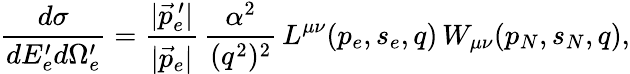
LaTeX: \frac{d\sigma}{dE_{e}^{\prime}d\Omega_{e}^{\prime}}=\frac{|\vec{p}_{e}^{\, \prime}|}{|\vec{p}_{e}|}\, \frac{\alpha^{2}}{(q^{2})^{2}}\, L^{\mu\nu}(p_{e},s_{e},q)\, W_{\mu\nu}(p_{N},s_{N},q),